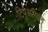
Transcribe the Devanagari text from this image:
टिपृअरियन